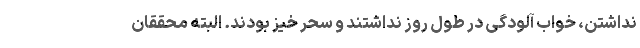
نداشتن، خواب آلودگی در طول روز نداشتند و سحر خیز بودند. البته محققان